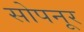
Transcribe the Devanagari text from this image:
सोपनूर